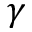
\gamma